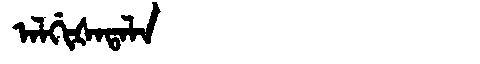
Manchu: ᠠᠯᡤᡳᡧᠠᡨᠠᠯᠠ
Romanization: ALGIŠATALA